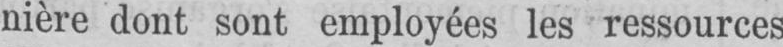
nière dont sont employées les ressources